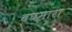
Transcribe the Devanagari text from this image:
बघमारा